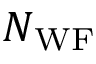
N _ { \mathrm { W F } }